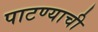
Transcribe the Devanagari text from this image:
पाटण्याची